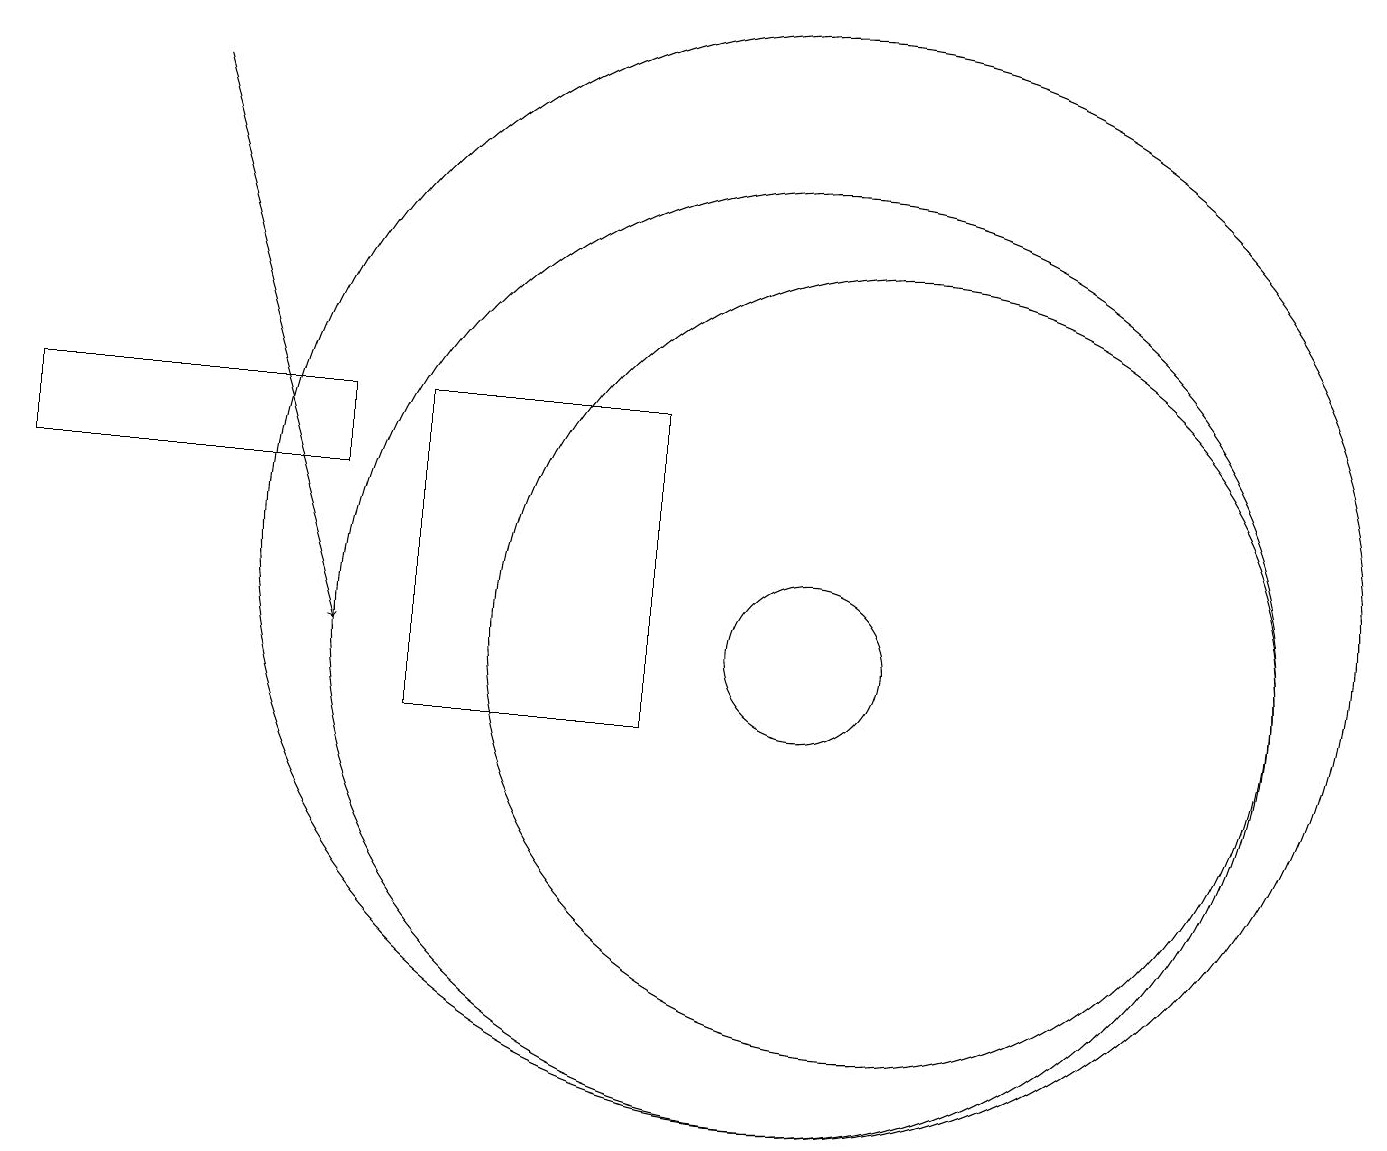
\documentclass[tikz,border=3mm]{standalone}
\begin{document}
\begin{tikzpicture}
\draw (10,11) circle (1);
\draw (10,11) circle (6);
\draw (0,14) rectangle (4,13);
\draw (11,11) circle (5);
\draw[->] (2,18) -- (4,11);
\draw (5,10) rectangle (8,14);
\draw (10,12) circle (7);
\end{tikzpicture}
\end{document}